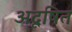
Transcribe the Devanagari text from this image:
अदूषित